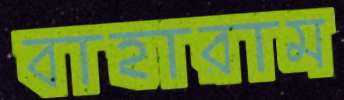
বাহারাম